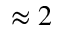
\approx 2